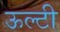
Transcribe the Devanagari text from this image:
ऊल्टी